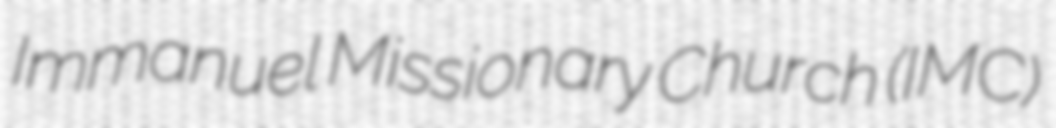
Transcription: Immanuel Missionary Church (IMC)